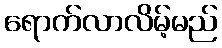
ရောက်လာလိမ့်မည်